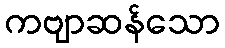
ကဗျာဆန်သော